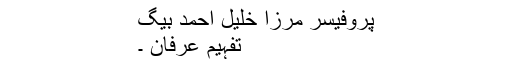
پروفیسر مرزا خلیل احمد بیگ
تفہیمِ عرفان ۔